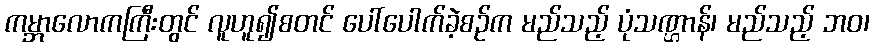
ကမ္ဘာလောကကြီးတွင် လူဟူ၍စတင် ပေါ်ပေါက်ခဲ့စဉ်က မည်သည့် ပုံသဏ္ဌာန်၊ မည်သည့် ဘဝ၊